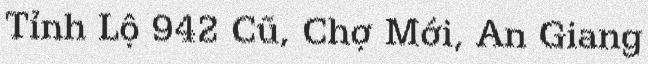
Tỉnh Lộ 942 Cũ, Chợ Mới, An Giang